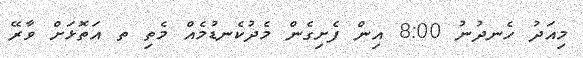
މިއަދު ހެނދުނު 8:00 އިން ފެށިގެން މެދުކެނޑުމެއް މެތި ތ އަތޮޅަށް ވާރޭ